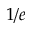
1 / e